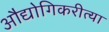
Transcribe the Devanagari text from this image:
औद्योगिकरीत्या